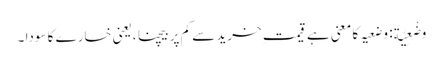
وَضْعِیَّة: وضعیہ کا معنی ہے قیمت ِخرید سے کم پر بیچنا ،یعنی خسارے کا سودا ۔